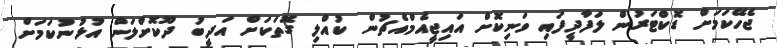
ޖެހޭކަމަށް ޑޮކްޓަރުން ލަފާދީފައި ވަނިކޮށް އައިޖީއެމްއެޗުން ކުއްލި ގޮތަކަށް އަދީބު ދޫކޮށްލަން އުޅުނުކަމަށް